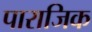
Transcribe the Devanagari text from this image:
पाराजिक